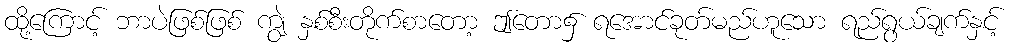
ထို့ကြောင့် ဘာပဲဖြစ်ဖြစ် ကျွဲ နှစ်စီးတိုက်စာတော့ ဤတော၌ ရအောင်ခုတ်မည်ဟူသော ရည်ရွယ်ချက်နှင့်